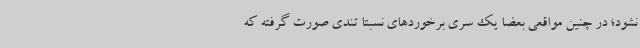
نشود؛ در چنین مواقعی بعضا یک سری برخوردهای نسبتا تندی صورت گرفته که